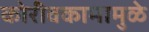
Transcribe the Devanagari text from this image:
कोरीवकामामुळे